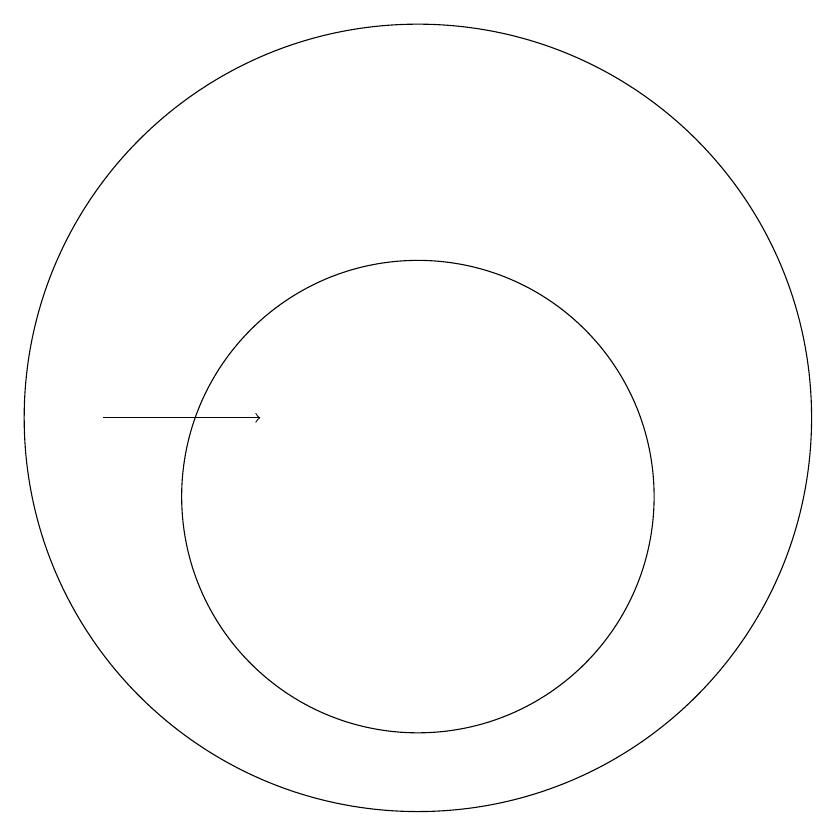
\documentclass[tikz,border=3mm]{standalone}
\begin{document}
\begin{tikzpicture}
\draw[->] (7,12) -- (9,12);
\draw (11,11) circle (3);
\draw (11,12) circle (5);
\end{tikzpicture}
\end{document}